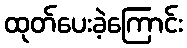
ထုတ်ပေးခဲ့ကြောင်း